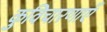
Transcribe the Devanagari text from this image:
कुविचारणाएँ